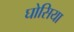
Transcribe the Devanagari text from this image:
घोसिया